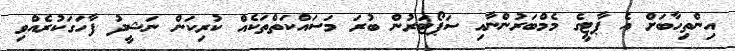
އިންތިހާބަށް އެ ޕާޓީގެ މެމްބަރުންނާއި ސަޕޯޓަރުން ބުރަ މަސައްކަތްތަކެއް ކުރިކަން ނަޝީދު ފާހަގަކުރެއްވި